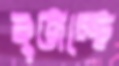
বুজচ্ছে